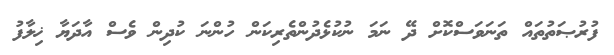
ފުރުޞަތުތައް ތަނަވަސްކޮށް ދޭ ނަމަ ނުކުޅެދުންތެރިކަން ހުންނަ ކުދިން ވެސް އާދަޔާ ޚިލާފު